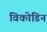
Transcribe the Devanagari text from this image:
विकोडिन